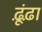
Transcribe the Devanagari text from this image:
ढ़ूंढ़ा